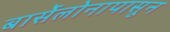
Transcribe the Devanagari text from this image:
बार्सेलोनापासून